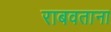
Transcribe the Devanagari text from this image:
राबवताना